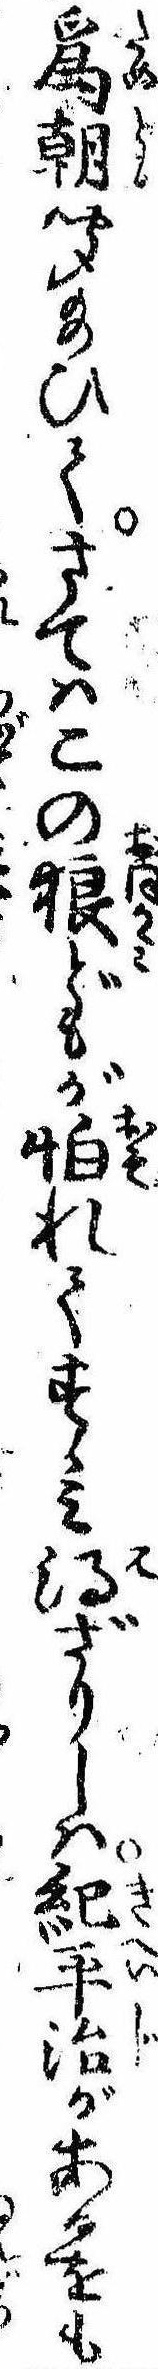
為朝聞給ひてさてはこの狼どもが怕れてすゝみ得ざりしは紀平治があるをも